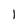
Character: 1